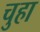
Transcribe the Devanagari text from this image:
चुहा